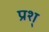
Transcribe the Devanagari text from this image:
प्रश्